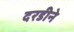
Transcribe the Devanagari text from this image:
दरडीने